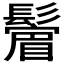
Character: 𩯔